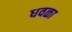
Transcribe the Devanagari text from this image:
धवळा